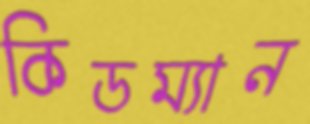
কিডম্যান